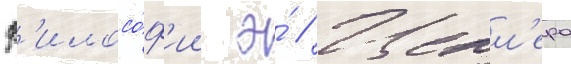
ф'илосо́ф'ии э́ // Целл'ера